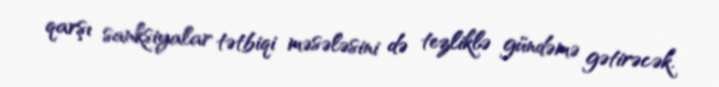
qarşı sanksiyalar tətbiqi məsələsini də tezliklə gündəmə gətirəcək.